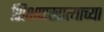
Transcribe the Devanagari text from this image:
शिक्षणखात्याच्या